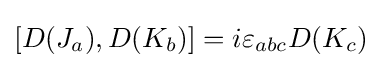
\left[{D(J_{a})},{D(K_{b})}\right]=i\varepsilon _{abc}{D(K_{c})}